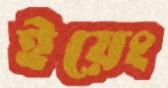
ইয়েং